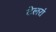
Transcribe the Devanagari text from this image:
टेलरां